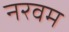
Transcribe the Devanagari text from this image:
नरवम